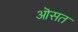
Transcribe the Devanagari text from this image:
ऒसत